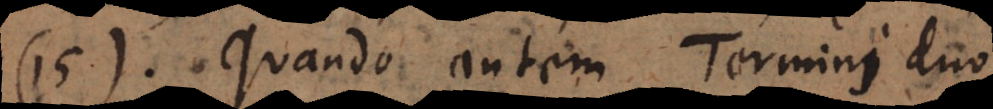
15) Quando autem Termini du